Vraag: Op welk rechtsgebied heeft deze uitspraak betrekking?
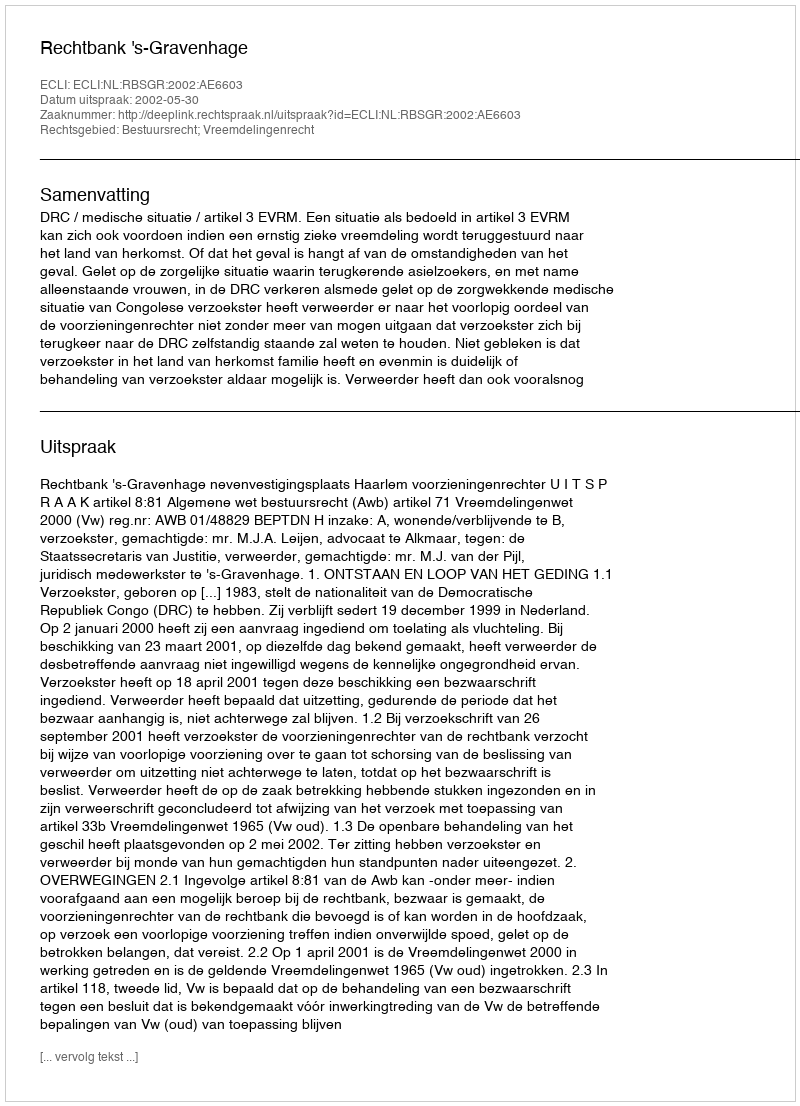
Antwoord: Bestuursrecht; Vreemdelingenrecht